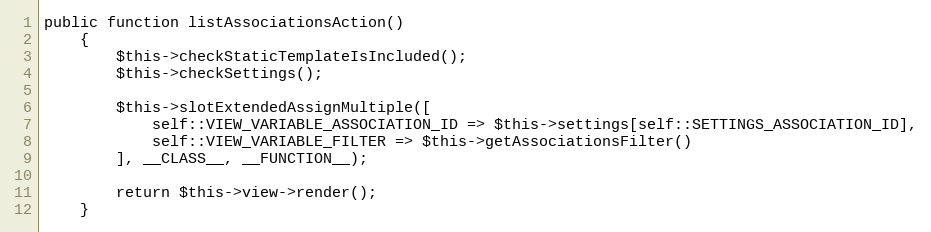
Language: PHP
public function listAssociationsAction()
    {
        $this->checkStaticTemplateIsIncluded();
        $this->checkSettings();

        $this->slotExtendedAssignMultiple([
            self::VIEW_VARIABLE_ASSOCIATION_ID => $this->settings[self::SETTINGS_ASSOCIATION_ID],
            self::VIEW_VARIABLE_FILTER => $this->getAssociationsFilter()
        ], __CLASS__, __FUNCTION__);

        return $this->view->render();
    }